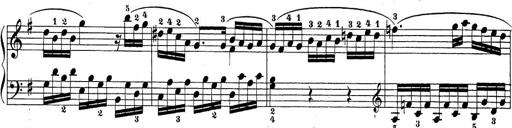
Title: Sonatina Album
Composer: Louis KÃ¶hler